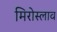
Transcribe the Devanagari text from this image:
मिरोस्लाव